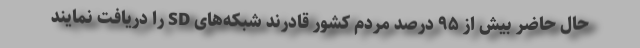
حال حاضر بیش از ۹۵ درصد مردم کشور قادرند شبکه‌های SD را دریافت نمایند